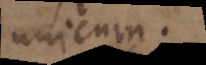
unicum.